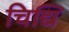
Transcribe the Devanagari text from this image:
चिद्यि